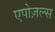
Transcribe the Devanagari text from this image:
एपोज़ल्स